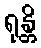
ရုန္တိ